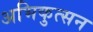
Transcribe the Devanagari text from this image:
अभिकुत्सन